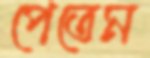
পেতেম